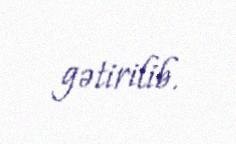
gətirilib.